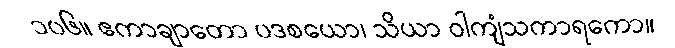
၁၀၆။ ဧကာချာတော ပဒစယော၊ သိယာ ဝါကျံသကာရကော။